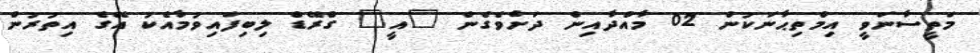
މަތީސާނަވީ އިމްތިޙާނަކުން 02 މާއްދާއިން ދަށްވެގެން "އީ" ގްރޭޑް ލިބިފައިވުމާއެކު އޭގެ އިތުރުން